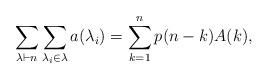
LaTeX: \begin{align*}\sum_{\lambda \vdash n}\sum_{\lambda_i \in \lambda}a(\lambda_i) = \sum_{k=1}^{n}p(n-k)A(k),\end{align*}